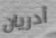
أدريان